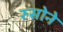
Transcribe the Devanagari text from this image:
रुसोने